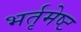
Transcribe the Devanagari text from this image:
भर्तृमेष्ट